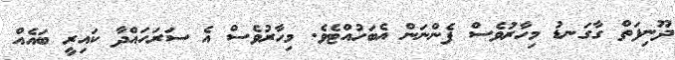
ދޫނިފަތް ގާގަނޑު މިހާރުވެސް ފެންނަން އެބަހުއްޓެވެ. މިހާރުވެސް އެ ސަރަހައްދާ ކައިރީ ބައެއް